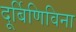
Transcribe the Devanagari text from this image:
दूर्बिणिविना